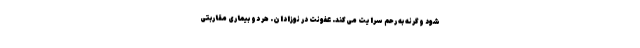
شود وگرنه به رحم سرایت می‌کند. عفونت در نوزادان. هر دو بیماری مقاربتی